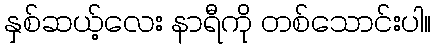
နှစ်ဆယ့်လေး နာရီကို တစ်သောင်းပါ။